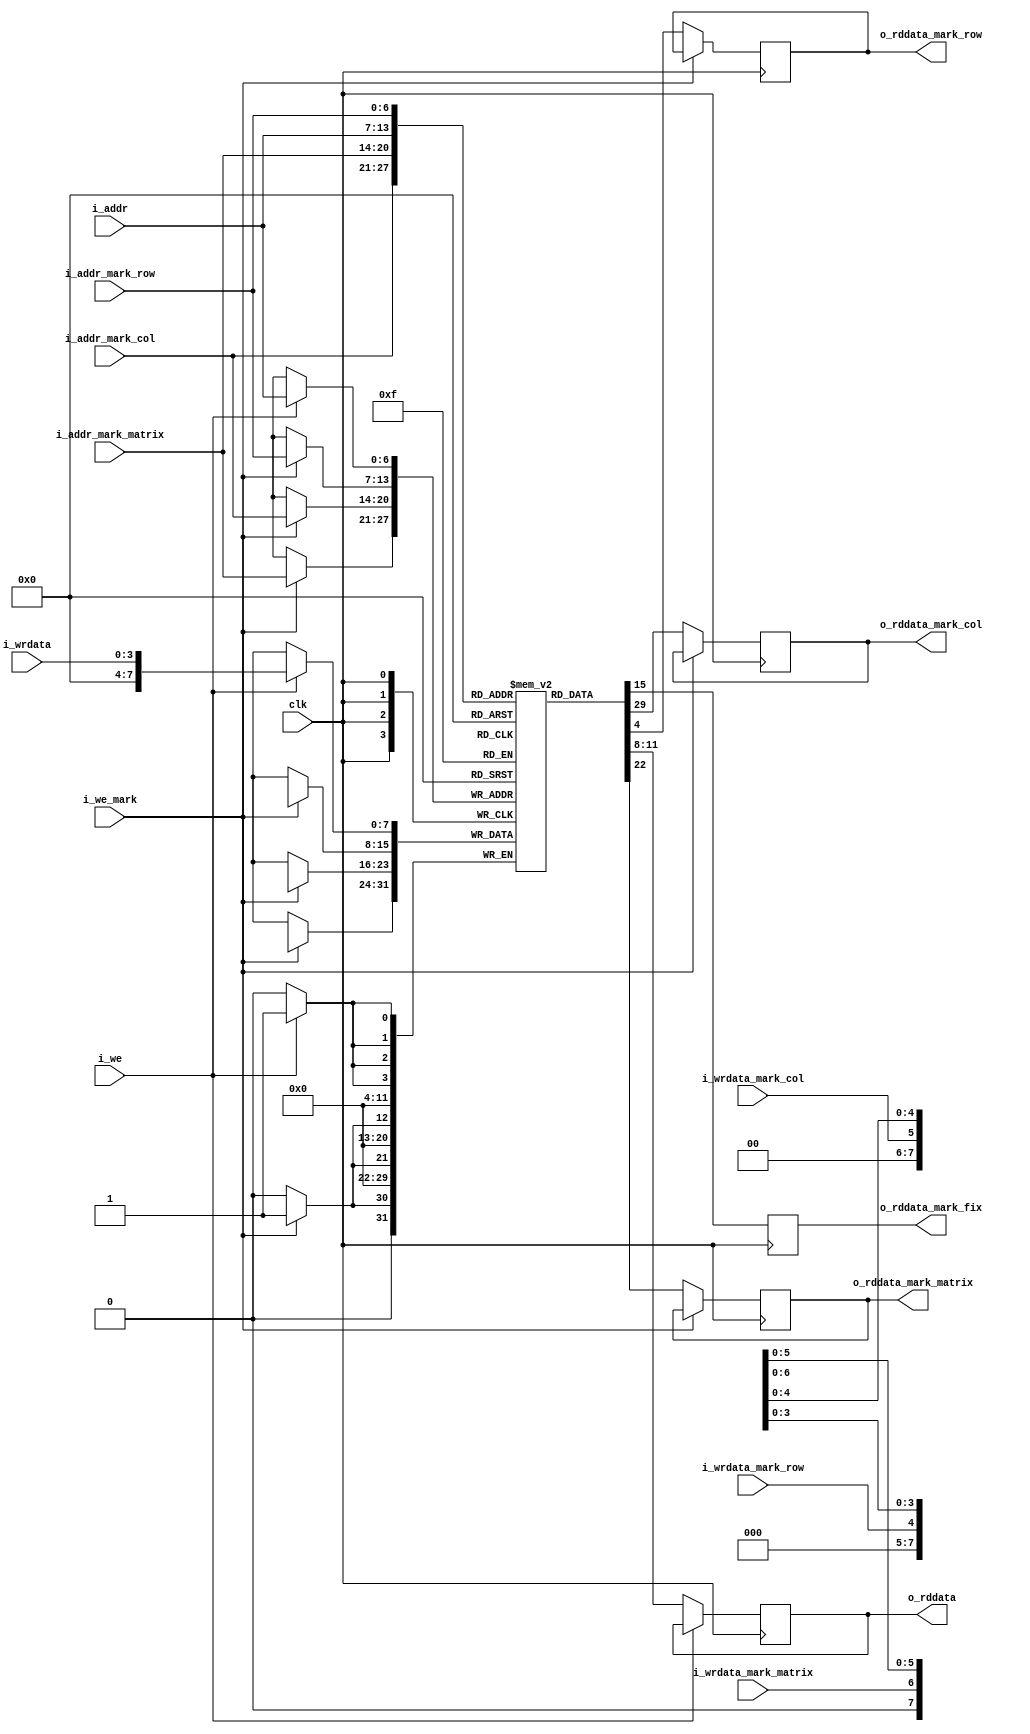
////////////////////////////////////////////////////////////////////////////////
// Description : 
//
// History     : Jul, 31 2022 : Initial     
//
////////////////////////////////////////////////////////////////////////////////
module mem(
    //-----------------------
    //clk and reset
    clk,
    //-----------------------
    //input
    i_we,
    i_we_mark,
    i_wrdata,
    i_wrdata_mark_row,
    i_wrdata_mark_col,
    i_wrdata_mark_matrix,
    i_addr,
    i_addr_mark_row,
    i_addr_mark_col,
    i_addr_mark_matrix,
    //-----------------------
    //output
    o_rddata,
    o_rddata_mark_row,
    o_rddata_mark_col,
    o_rddata_mark_matrix,
    o_rddata_mark_fix
);
    ////////////////////////////////////////////////////////////////////////////
    //param declaration
    ////////////////////////////////////////////////////////////////////////////
    
    ////////////////////////////////////////////////////////////////////////////
    //port declaration
    ////////////////////////////////////////////////////////////////////////////
    //-----------------------
    //clk and reset
    input                               clk;
    //-----------------------
    //input
    input                               i_we;
    input                               i_we_mark;
    input   [3:0]                       i_wrdata;
    input                               i_wrdata_mark_row;
    input                               i_wrdata_mark_col;
    input                               i_wrdata_mark_matrix;
    input   [6:0]                       i_addr;
    input   [6:0]                       i_addr_mark_row;
    input   [6:0]                       i_addr_mark_col;
    input   [6:0]                       i_addr_mark_matrix;
    //-----------------------
    //output
    output  [3:0]                       o_rddata;
    output                              o_rddata_mark_row;
    output                              o_rddata_mark_col;
    output                              o_rddata_mark_matrix;
    output                              o_rddata_mark_fix;
    
    ////////////////////////////////////////////////////////////////////////////
    //wire - reg name declaration
    ////////////////////////////////////////////////////////////////////////////
    //-----------------------
    //memory
    reg     [7:0]                       mem[0:80];
    //data - mark row - mark col - mark matrix
    reg     [3:0]                       nxt_rddata;
    reg                                 nxt_rddata_mark_row;
    reg                                 nxt_rddata_mark_col;
    reg                                 nxt_rddata_mark_matrix;
    reg                                 nxt_rddata_mark_fix;

    ////////////////////////////////////////////////////////////////////////////
    //design description
    ////////////////////////////////////////////////////////////////////////////
    //-----------------------
    //memory
    always @(posedge clk) begin
        if(i_we) begin
            //write data
            mem[i_addr][3:0] <= i_wrdata; 
        end else begin
            //read data
            nxt_rddata <= mem[i_addr][3:0];
        end
        
        if(i_we_mark) begin
            //write mark
            mem[i_addr_mark_row][4] <= i_wrdata_mark_row;
        end else begin
            //read mark
            nxt_rddata_mark_row <= mem[i_addr_mark_row][4];
        end
        
        if(i_we_mark) begin
            //write mark
            mem[i_addr_mark_col][5] <= i_wrdata_mark_col;
        end else begin
            //read mark
            nxt_rddata_mark_col <= mem[i_addr_mark_col][5];
        end
        
        if(i_we_mark) begin
            //write mark
            mem[i_addr_mark_matrix][6] <= i_wrdata_mark_matrix;
        end else begin
            //read mark
            nxt_rddata_mark_matrix <= mem[i_addr_mark_matrix][6];
        end
        
        nxt_rddata_mark_fix <= mem[i_addr][7];
    end
    
    //-----------------------
    //output
    assign o_rddata = nxt_rddata;
    assign o_rddata_mark_row = nxt_rddata_mark_row;
    assign o_rddata_mark_col = nxt_rddata_mark_col;
    assign o_rddata_mark_matrix = nxt_rddata_mark_matrix;
    assign o_rddata_mark_fix = nxt_rddata_mark_fix;

endmodule